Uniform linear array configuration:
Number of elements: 12
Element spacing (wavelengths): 0.5
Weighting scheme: cosine
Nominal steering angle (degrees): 0
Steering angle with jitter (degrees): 0.04221
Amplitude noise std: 0.05
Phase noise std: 0.05

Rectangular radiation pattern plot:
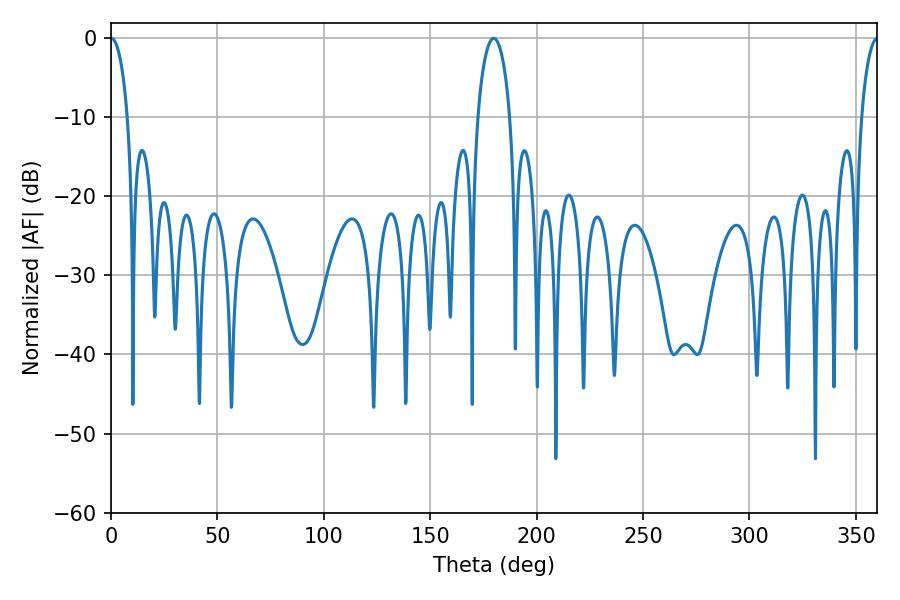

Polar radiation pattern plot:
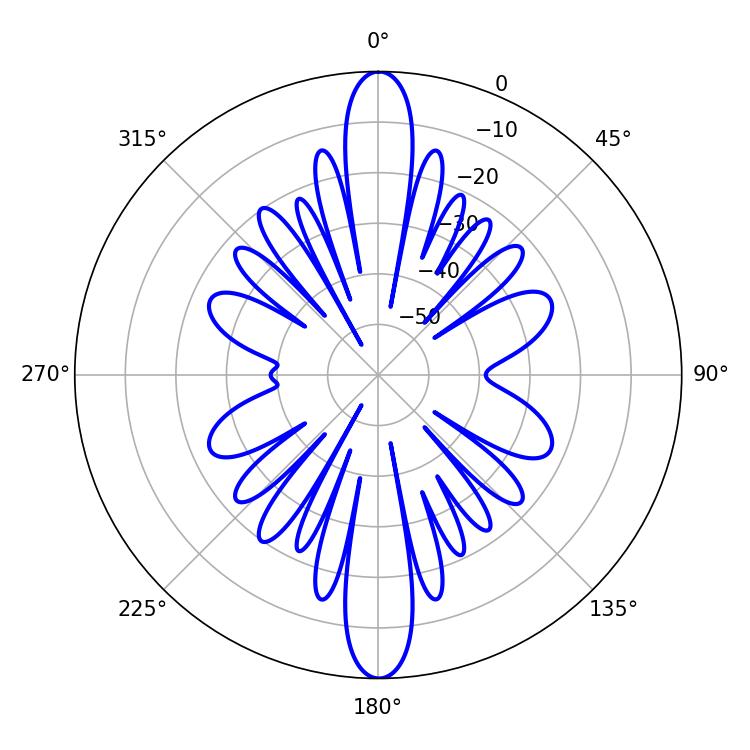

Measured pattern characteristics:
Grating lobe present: FALSE
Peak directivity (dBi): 32.401
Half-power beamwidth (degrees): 4.5
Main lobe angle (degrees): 0.18